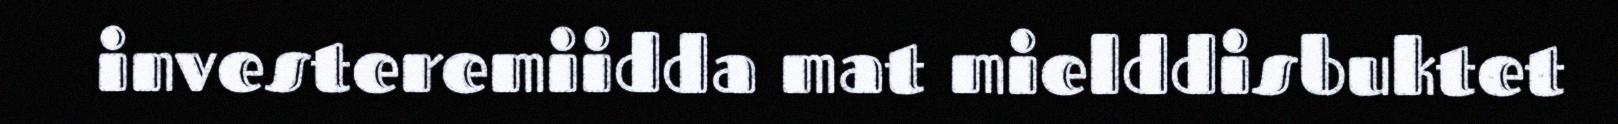
investeremiidda mat mielddisbuktet